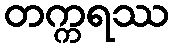
တက္ကရဿ